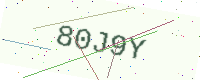
Text: 80J9Y